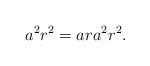
LaTeX: \begin{align*}a^{2}r^{2}=ara^{2}r^{2}.\end{align*}